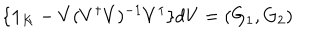
\{ { \bf 1 } _ { K } - V ( V ^ { \dagger } V ) ^ { - 1 } V ^ { \dagger } \} d V = ( G _ { 1 } , G _ { 2 } )